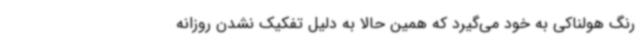
رنگ هولناکی به خود می‌گیرد که همین حالا به دلیل تفکیک نشدن روزانه